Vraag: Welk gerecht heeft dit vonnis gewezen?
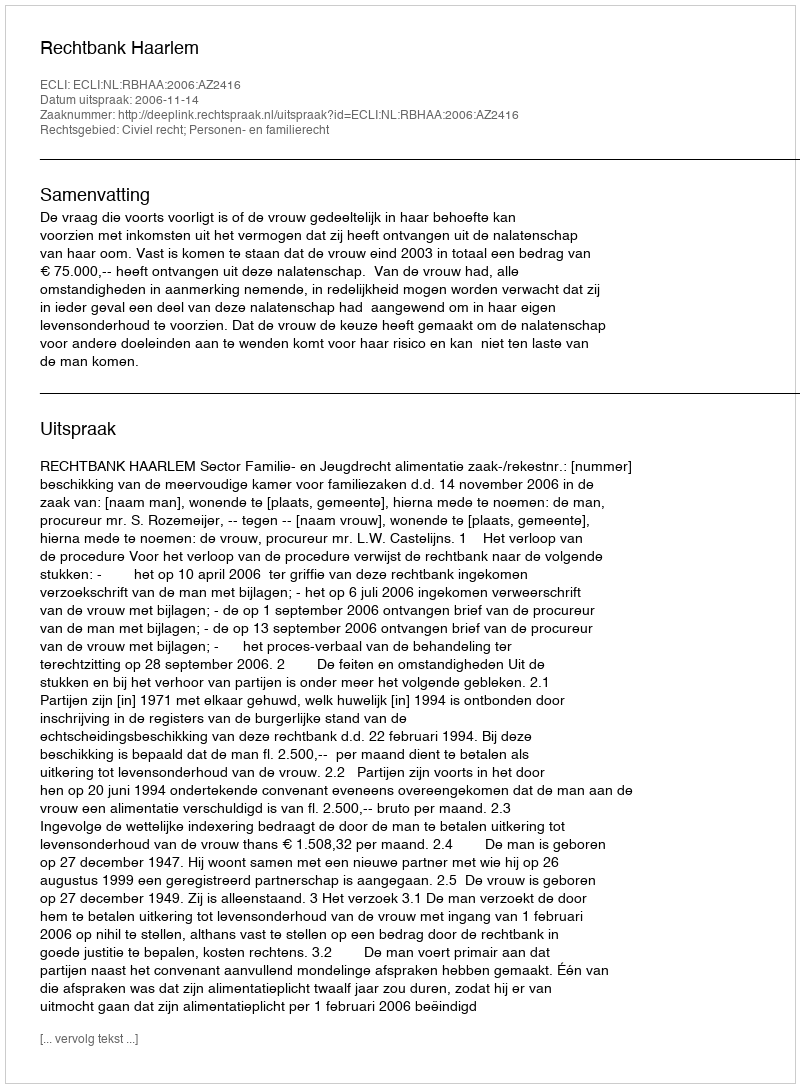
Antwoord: Rechtbank Haarlem